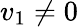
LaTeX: \textstyle v_{1}\neq 0